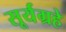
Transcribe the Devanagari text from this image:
सूर्यग्रहे